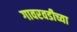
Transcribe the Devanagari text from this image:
गावरवडीच्या